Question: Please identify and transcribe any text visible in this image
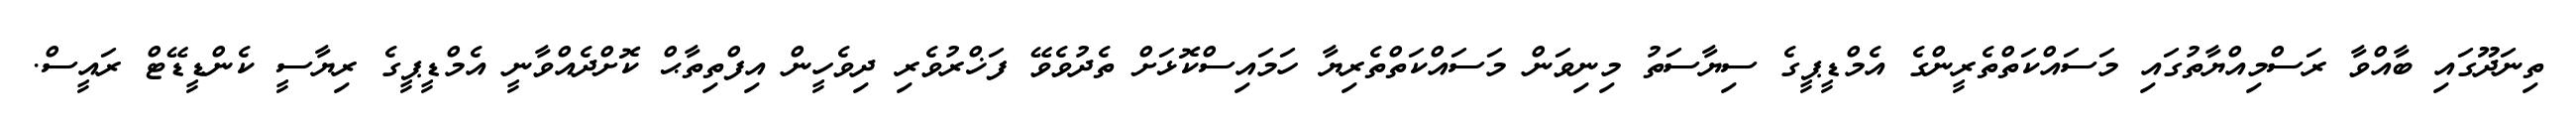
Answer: ތިނަދޫގައި ބާއްވާ ރަސްމިއްޔާތުގައި މަސައްކަތްތެރީންގެ އެމްޑީޕީގެ ސިޔާސަތު މިނިވަން މަސައްކަތްތެރިޔާ ހަމައިސްކޮޅަށް ތެދުވެވޭ ފަޚްރުވެރި ދިވެހީން އިފްތިތާޙް ކޮށްދެއްވާނީ އެމްޑީޕީގެ ރިޔާސީ ކެންޑީޑޭޓް ރައީސް.